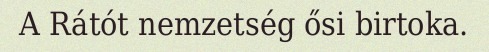
A Rátót nemzetség ősi birtoka.